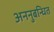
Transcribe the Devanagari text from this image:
अननुबन्धित